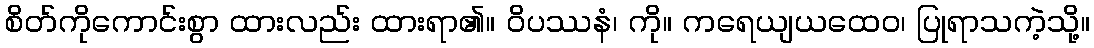
စိတ်ကိုကောင်းစွာ ထားလည်း ထားရာ၏။ ဝိပဿနံ၊ ကို။ ကရေယျယထေဝ၊ ပြုရာသကဲ့သို့။